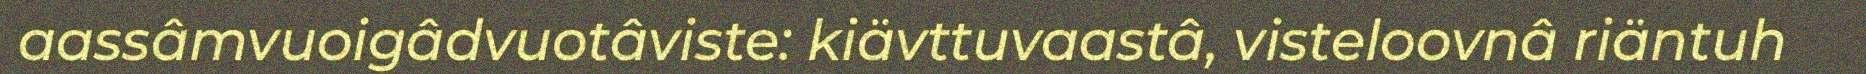
aassâmvuoigâdvuotâviste: kiävttuvaastâ, visteloovnâ riäntuh